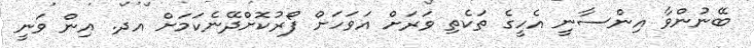
ބޭނުންވާ އިންސާނީ އެހީގެ ތަކެތި ވަރަށް އަވަހަށް ފޯރުކޮށްދޭނެކަމަށް އދ. އިން ވަނީ